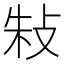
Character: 𢼲